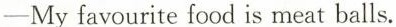
─My favourite food is meat balls.